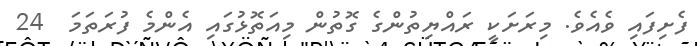
ފެށިފައި ވެއެވެ. މިރަށަކީ ރައްޔިތުންގެ ގޮތުން މިއަތޮޅުގައި އެންމެ ފުރަތަމަ  24